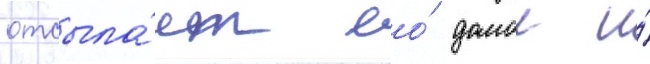
отсыла́ет ео́ домои и́